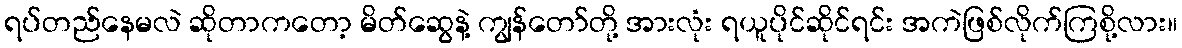
ရပ်တည်နေမလဲ ဆိုတာကတော့ မိတ်ဆွေနဲ့ ကျွန်တော်တို့ အားလုံး ရယူပိုင်ဆိုင်ရင်း အကဲဖြစ်လိုက်ကြစို့လား။